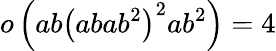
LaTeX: o\left(ab\left(abab^{2}\right)^{2}ab^{2}\right)=4